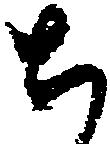
ち